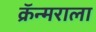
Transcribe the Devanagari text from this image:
क्रॅन्मराला